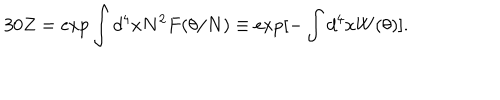
LaTeX: 3 0 Z = \exp \int d ^ { 4 } x N ^ { 2 } F ( \theta / N ) \equiv \exp [ - \int d ^ { 4 } x W ( \theta ) ] .